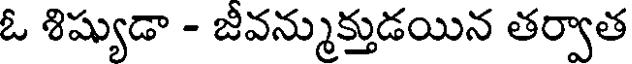
ఓ శిష్యుడా - జీవన్ముక్తుడయిన తర్వాత